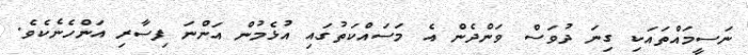
ނަސީމައްތައަކި ގިނަ ދުވަސް ވަންދެން އެ މަސައްކަތުގައި އުޅެމުން އަންނަ ފިސާރި އަންހެނެކެވެ.